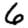
Digit: 6